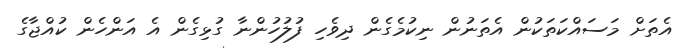
އެތަށް މަސައްކަތަކުން އެތަނުން ނިކުމެގެން ދިވެހި ފުލުހުންނާ ގުޅިގެން އެ އަންހެން ކުއްޖާގެ